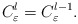
\begin{align*}C^{l}_{\varepsilon}=C^{l-1}_{\varepsilon}.\end{align*}